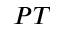
P T